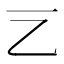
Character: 𠀂